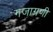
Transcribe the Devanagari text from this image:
गजाग्रणी